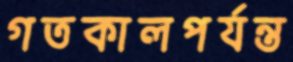
গতকালপর্যন্ত